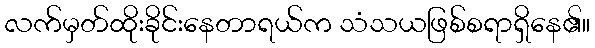
လက်မှတ်ထိုးခိုင်းနေတာရယ်က သံသယဖြစ်စရာရှိနေ၏။